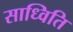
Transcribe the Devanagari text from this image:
साध्विति